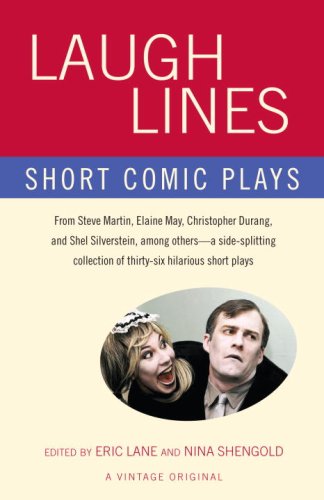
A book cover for Laugh Lines: Short Comic Plays; Literature & Fiction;